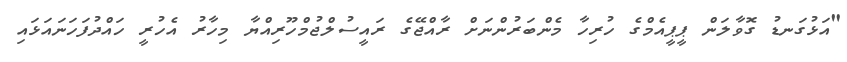
"އަޅުގަނޑު ގޮވާލަން ޕީޕީއެމްގެ ހުރިހާ މެންބަރުންނަށް ރާއްޖޭގެ ރައީސުލްޖުމްހޫރިއްޔާ މިހާރު އެހުރީ ހައްދުފަހަނައަޅައި